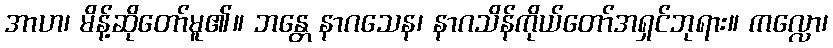
အာဟ၊ မိန့်ဆိုတော်မူ၏။ ဘန္တေ နာဂသေန၊ နာဂသိန်ကိုယ်တော်အရှင်ဘုရား။ ကလ္လော၊